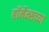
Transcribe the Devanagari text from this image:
हॉर्मेन्सच्या